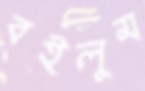
বইলুম